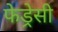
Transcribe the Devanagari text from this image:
फेड्रेसी